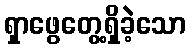
ရှာဖွေတွေ့ရှိခဲ့သော